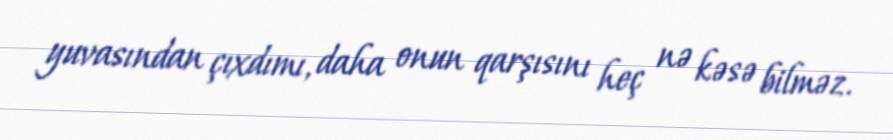
yuvasından çıxdımı, daha onun qarşısını heç nə kəsə bilməz.